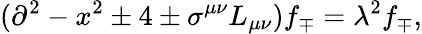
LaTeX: (\partial^{2}-x^{2}\pm 4\pm\sigma^{\mu\nu}L_{\mu\nu})f_{\mp}=\lambda^{2}f_{\mp},